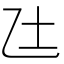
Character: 𫡢